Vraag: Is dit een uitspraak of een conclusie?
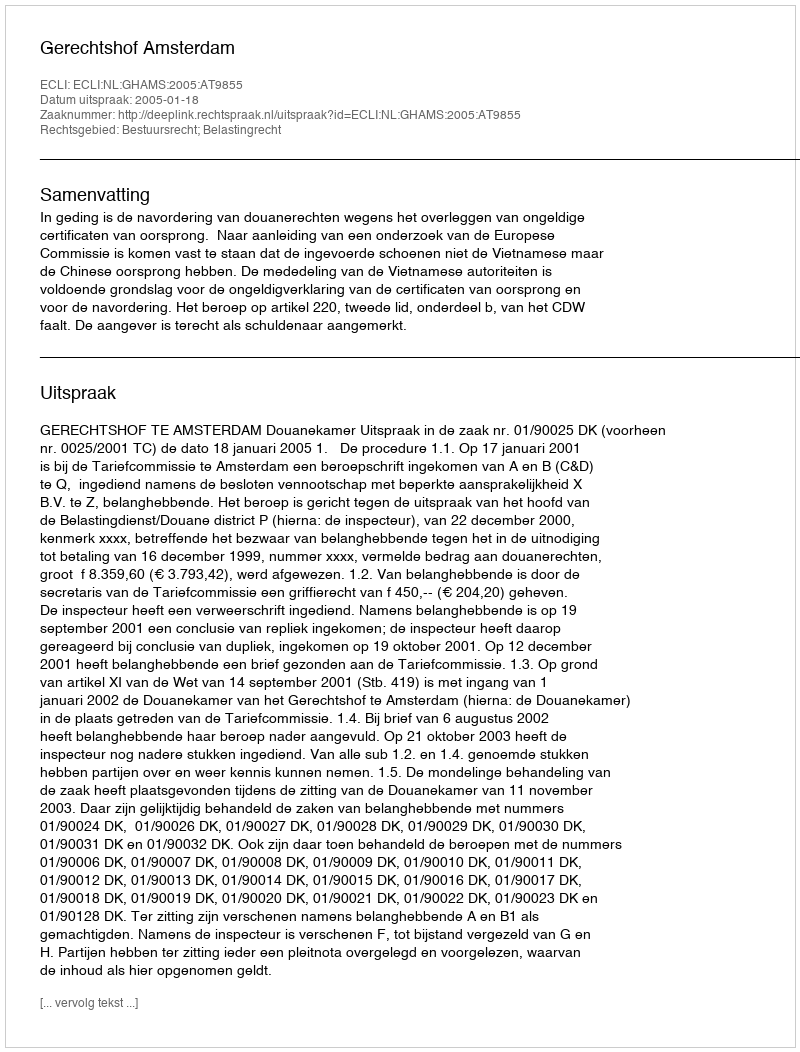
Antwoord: Uitspraak